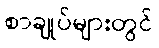
စာချုပ်များတွင်